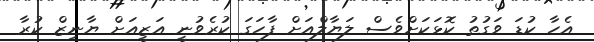
އެހާ ކުޑަ ވަގުތު ކޮޅަކަށްވެސް ލަޔާލްއަށް ފާހަގަ ކުރެވުނީ އަޒީއަށް ޔާނިޒް ކުރާ